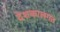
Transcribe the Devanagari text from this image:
देशकालगत